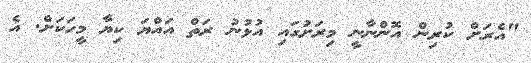
"އެރަށް ކުރިން އޮންނާނީ މިރަށުގައި އުޅުނު ރަތް އައްޔަ ކިޔާ މީހަކަށް. އެ